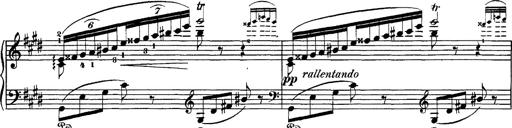
Title: Hungarian Rhapsody No.1
Composer: Franz Liszt
Key: C-sharp minor